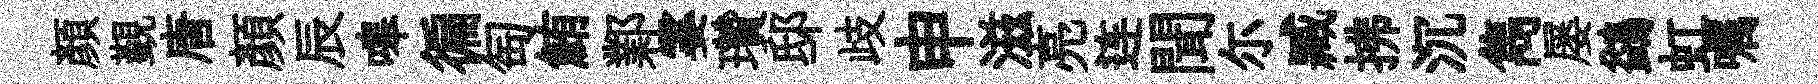
顏覲唐顔辰嗥徧匋鮪鄴霎瓚邸歧申滋亮连聞尓臧拂沉雋屡鷁虹嘱